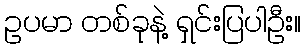
ဥပမာ တစ်ခုနဲ့ ရှင်းပြပါဦး။